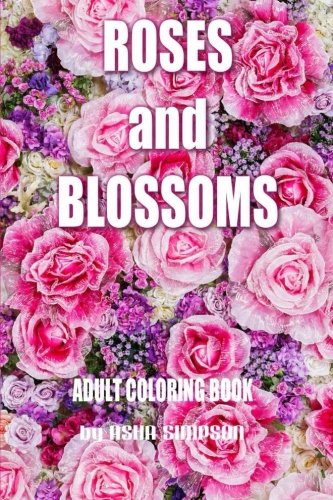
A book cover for Adult Coloring Book: Roses and Blossoms: Paint and Color Flowers and Floral Designs (Adult Coloring Books); Asha Simpson; Crafts, Hobbies & Home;